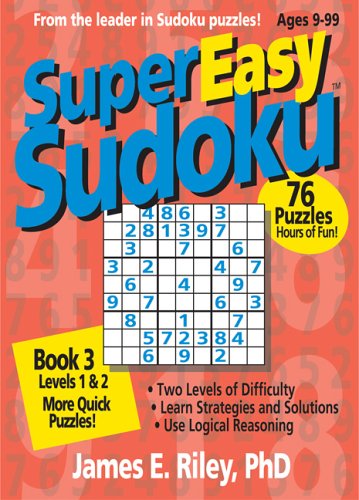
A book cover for Super Easy Sudoku, Book 3; James E. Riley; Humor & Entertainment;